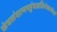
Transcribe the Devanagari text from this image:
कंबलंशाणपट्टंचअजिनंचतथोत्तरं